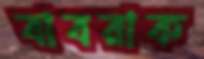
বাবরাক